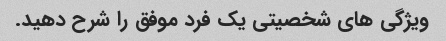
ویژگی های شخصیتی یک فرد موفق را شرح دهید.